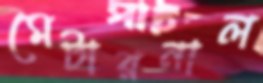
মেটারনাল